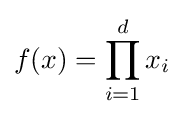
f(x)=\prod _{i=1}^{d}x_{i}